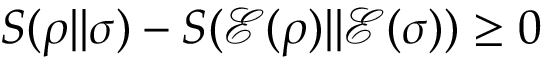
S ( \rho | | \sigma ) - S ( { \mathcal { E } } ( \rho ) | | { \mathcal { E } } ( \sigma ) ) \geq 0